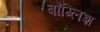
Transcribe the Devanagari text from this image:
बाँग्लिश